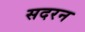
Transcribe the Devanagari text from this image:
सदरन